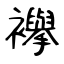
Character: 襷